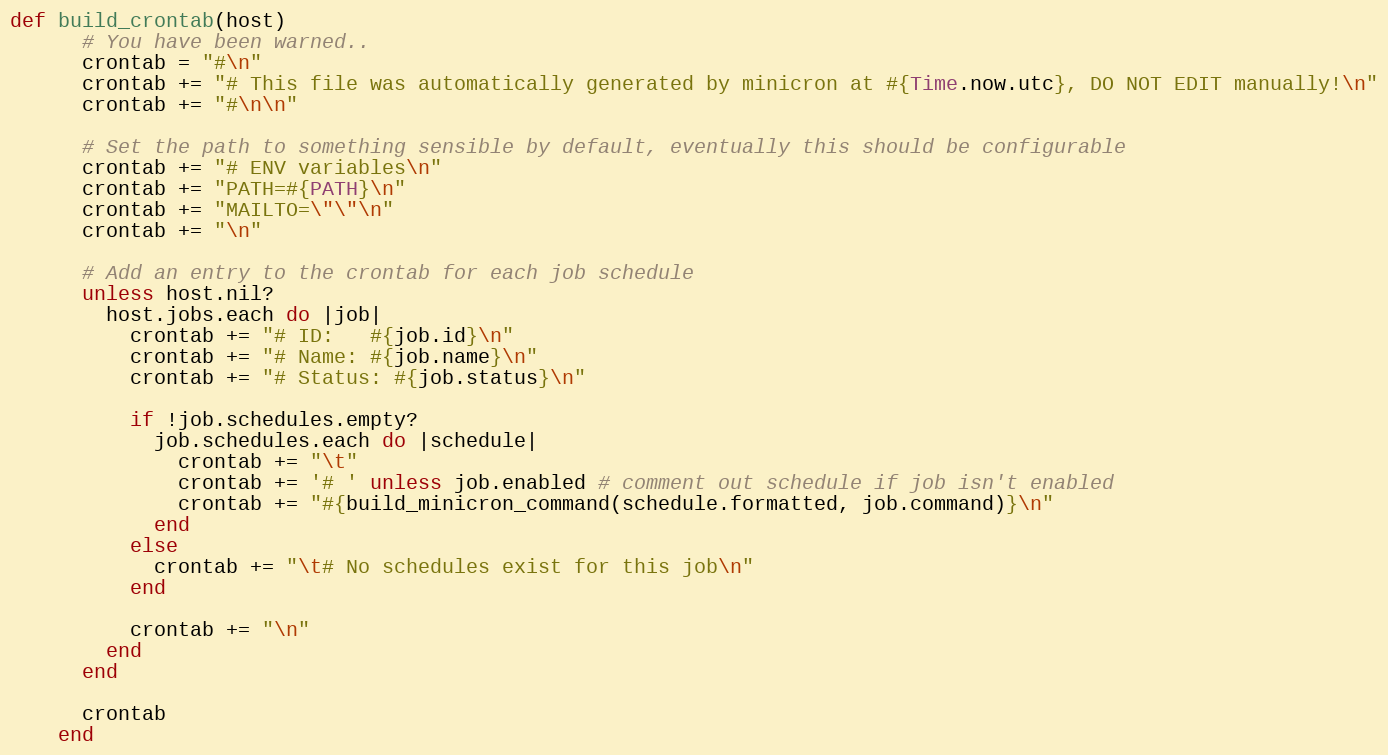
Language: Ruby
def build_crontab(host)
      # You have been warned..
      crontab = "#\n"
      crontab += "# This file was automatically generated by minicron at #{Time.now.utc}, DO NOT EDIT manually!\n"
      crontab += "#\n\n"

      # Set the path to something sensible by default, eventually this should be configurable
      crontab += "# ENV variables\n"
      crontab += "PATH=#{PATH}\n"
      crontab += "MAILTO=\"\"\n"
      crontab += "\n"

      # Add an entry to the crontab for each job schedule
      unless host.nil?
        host.jobs.each do |job|
          crontab += "# ID:   #{job.id}\n"
          crontab += "# Name: #{job.name}\n"
          crontab += "# Status: #{job.status}\n"

          if !job.schedules.empty?
            job.schedules.each do |schedule|
              crontab += "\t"
              crontab += '# ' unless job.enabled # comment out schedule if job isn't enabled
              crontab += "#{build_minicron_command(schedule.formatted, job.command)}\n"
            end
          else
            crontab += "\t# No schedules exist for this job\n"
          end

          crontab += "\n"
        end
      end

      crontab
    end